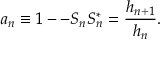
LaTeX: a _ { n } \equiv 1 -- S _ { n } S _ { n } ^ { * } = \frac { h _ { n + 1 } } { h _ { n } } .